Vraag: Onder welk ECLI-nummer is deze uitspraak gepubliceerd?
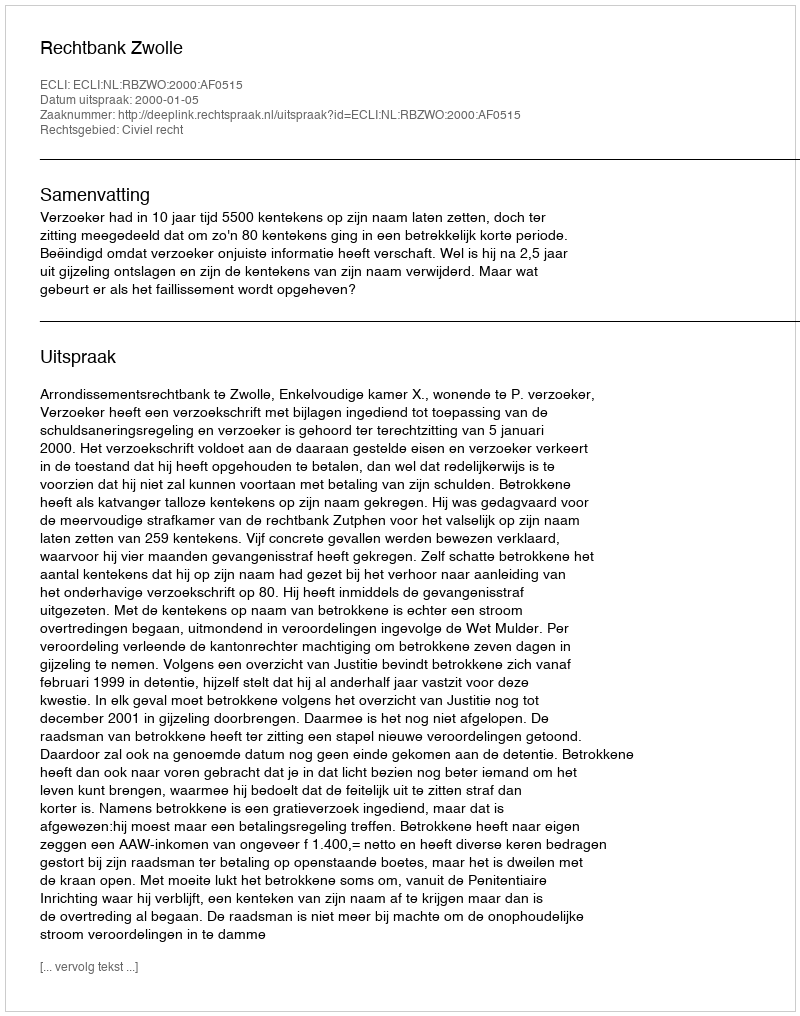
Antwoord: ECLI:NL:RBZWO:2000:AF0515